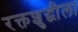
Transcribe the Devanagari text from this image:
रक्तशुद्धीला